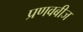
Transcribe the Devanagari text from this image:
प्रणवबीज